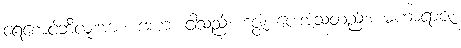
ရေစောင့်ဘီလူးအား။ အဟံ၊ ငါသည်။ ဒဇ္ဇံ၊ ပေးအံ့သတည်း။ မဟာရာဇ၊